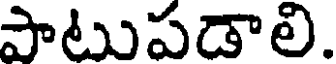
పాటుపడాలి.